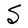
Character: S